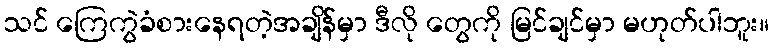
သင် ကြေကွဲခံစားနေရတဲ့အချိန်မှာ ဒီလို တွေကို မြင်ချင်မှာ မဟုတ်ပါဘူး။